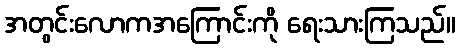
အတွင်းလောကအကြောင်းကို ရေးသားကြသည်။